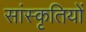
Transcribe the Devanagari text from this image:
सांस्कृतियों